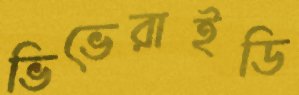
ভিভেরাইডি